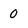
Character: 0